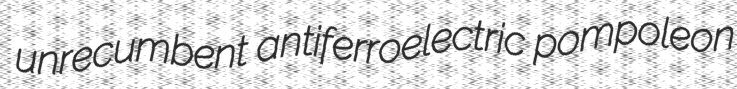
unrecumbent antiferroelectric pompoleon